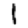
Digit: 1